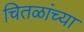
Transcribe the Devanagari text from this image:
चितळांच्या